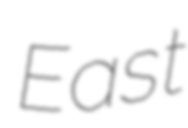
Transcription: East